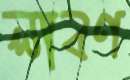
লাবণ